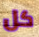
كل